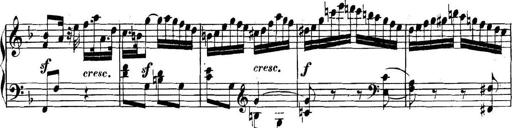
Title: Collected Piano Sonatas
Composer: Muzio Clementi